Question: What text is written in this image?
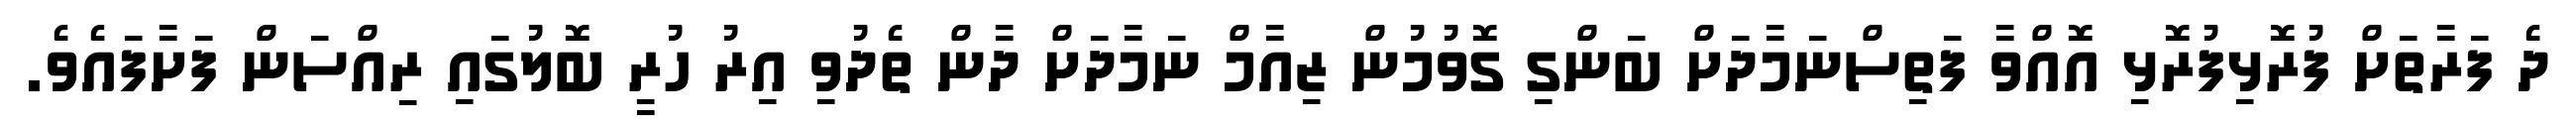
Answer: ދެ ފަރާތަށް ފުރޮޅިފުރޮޅި އޮއްވާ ފަތިސްނަމާދަށް ބަންގި ގޮވުމުން ޒިއާމް ނަމާދަށް ދާން ތެދުވި އިރު ހުރީ ބޮލުގައި ރިއްސަން ފަށާފައެވެ.